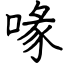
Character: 喙